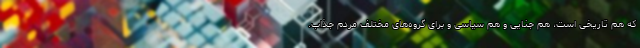
که هم تاریخی است، هم جنایی و هم سیاسی و برای گروه‌های مختلف مردم جذاب.